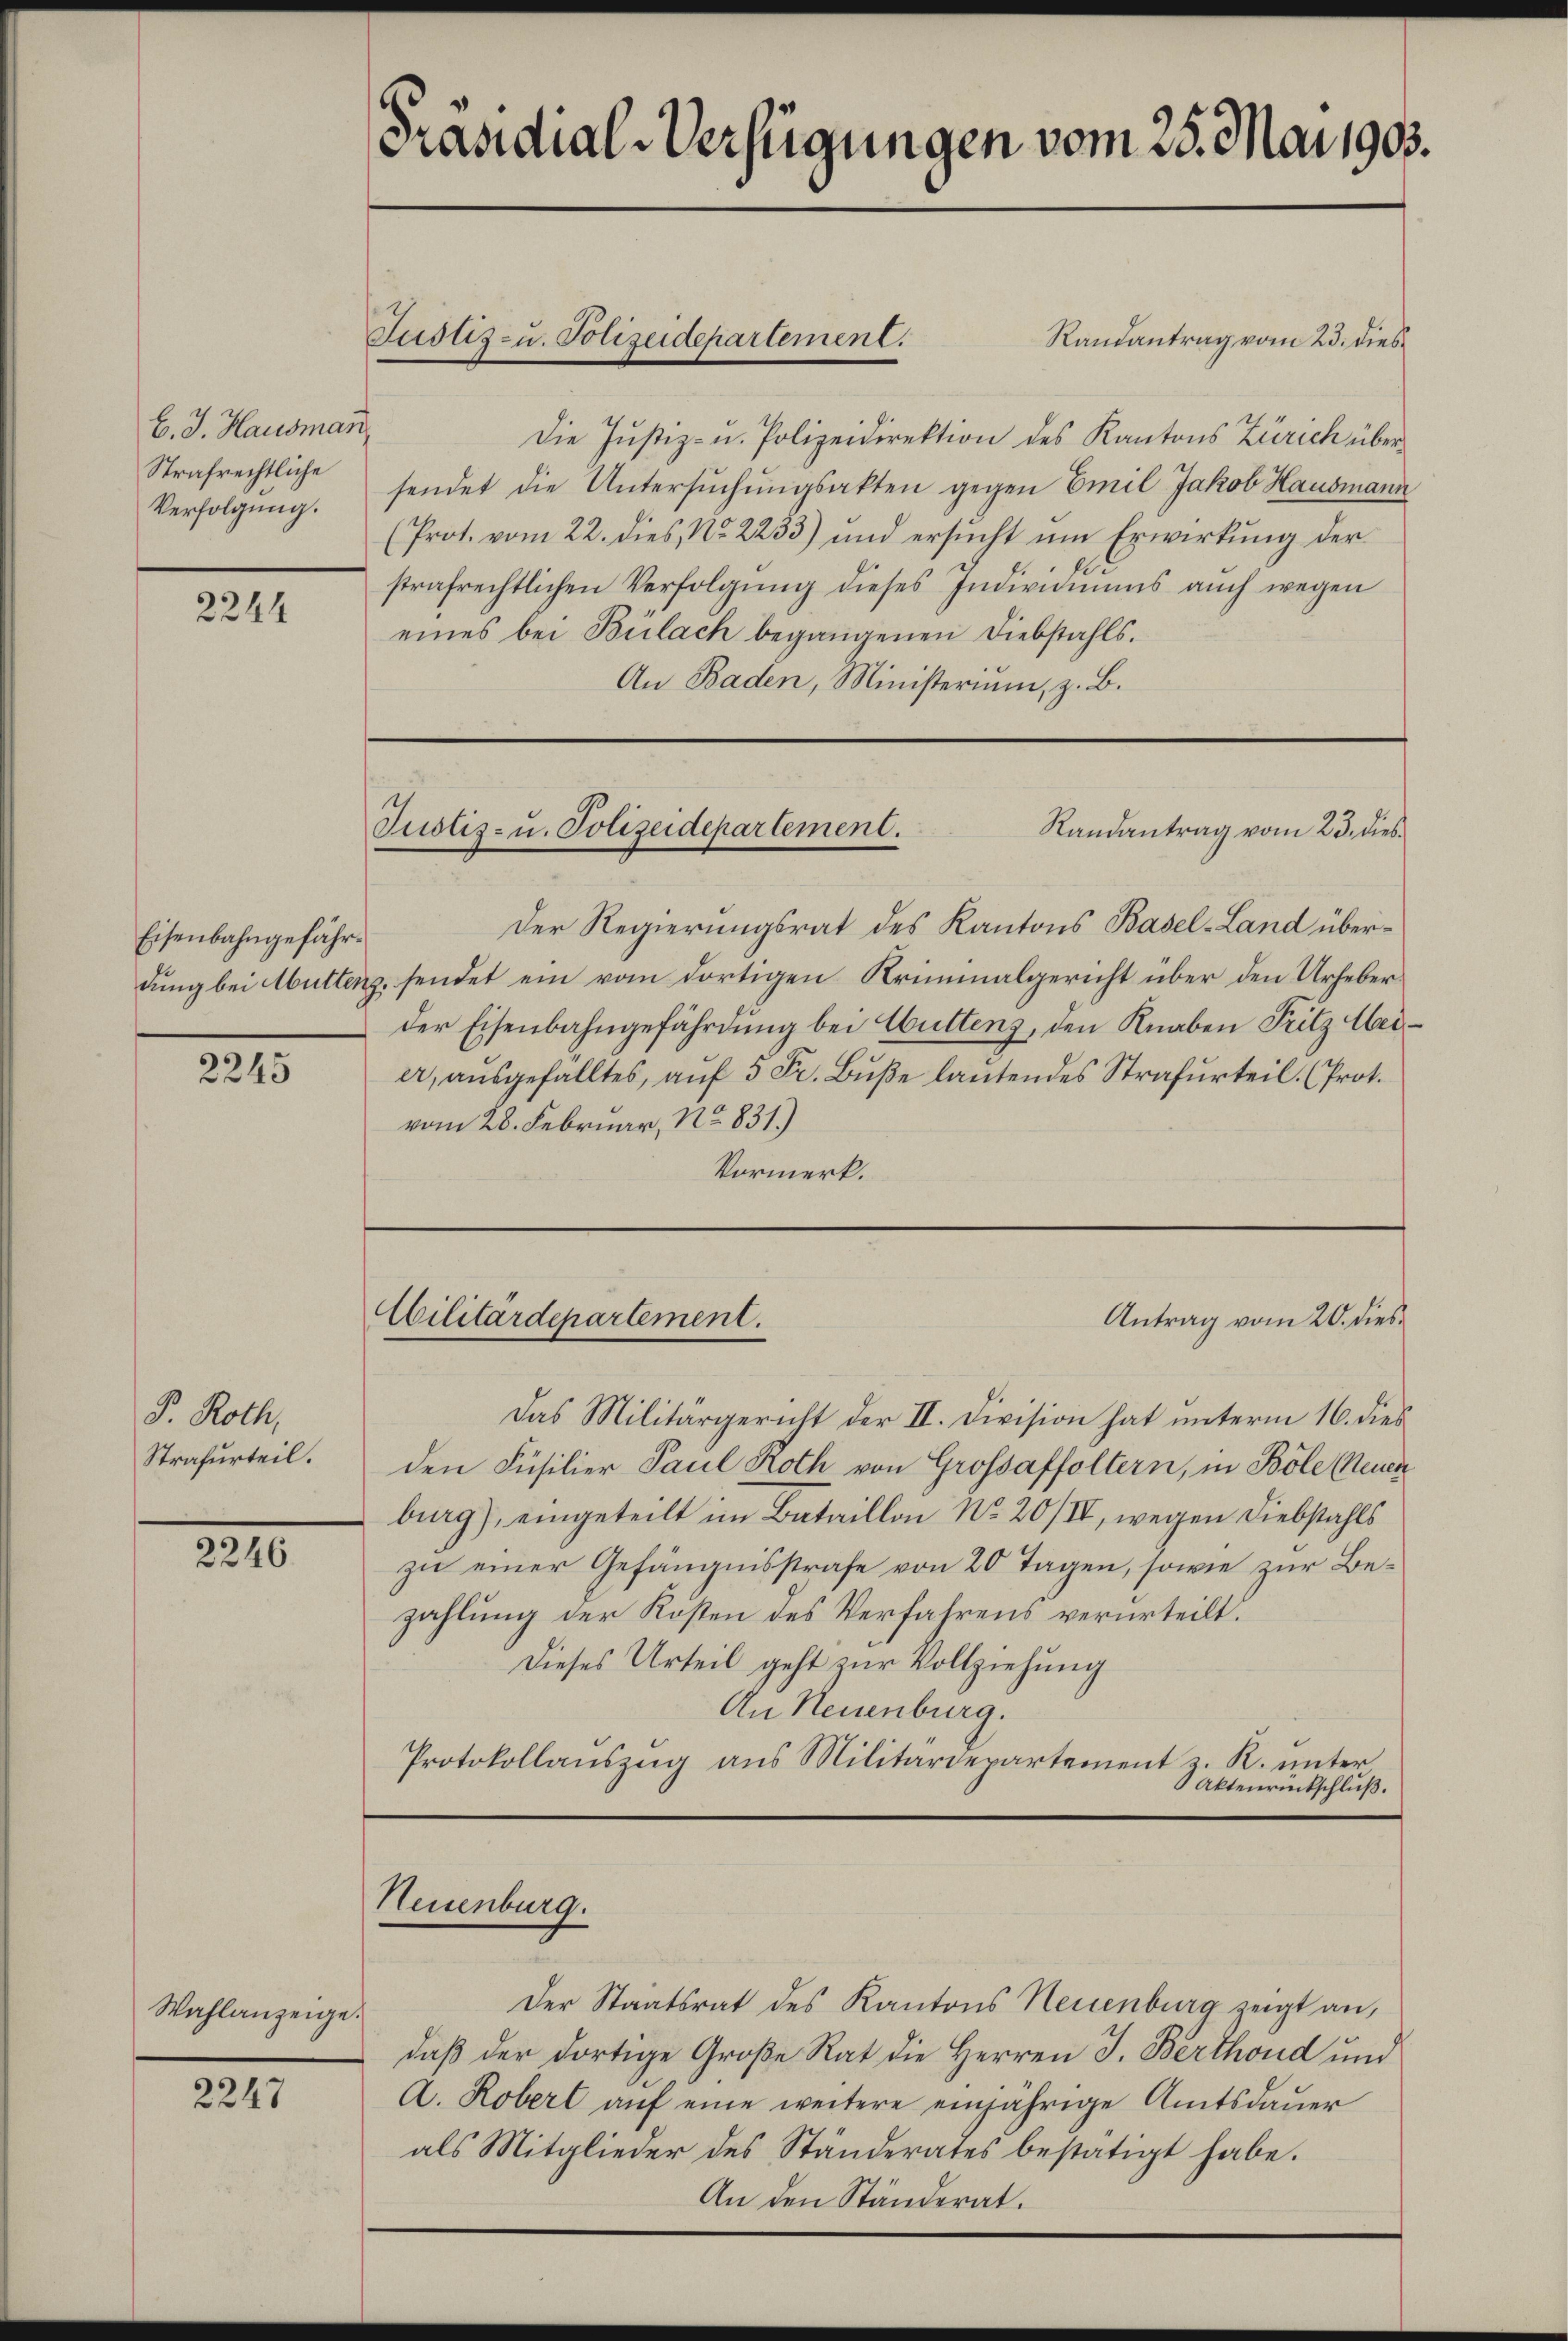
C. J. Hausman
Strafrechtliche
Verfolgung.

2244

Eisenbahngefähr¬

2245

P. Roth,
Strafurteil.

2246

Wahlanzeige.

2247

Präsidial-Verfügungen vom 25. Mai 1903.

Justiz- u. Polizeidepartement.

Randantrag vom 23. dies
Die Justiz- u. Polizeidirektion des Kantons Zürich übersendet die Untersŭchŭngsakten gegen Emil Jakob Hausmann
(Prot. vom 22. dies, No 2233) und ersŭcht ŭm Erwirkŭng der
strafrechtlichen Verfolgung dieses Individuums auch wegen
eines bei Bülach begangenen Diebstahls.
An Baden, Ministerium, z. B.

Randantrag vom 23. dies
Suslis- u. Polizeidepartement.

Der Regierungsrat des Kantons Basel-Land überdung bei Abuttenz, sendet ein vom dortigen Kriminalgericht über den Urheberder Eisenbahngefährdung bei Muttenz, den Knaben Fritz eier, ausgefalltes, auf 5 Fr. Bŭβe lautendes Strafurteil. (Prot.
vom 28. Februar, No 831.)
Vormerk.

Cilitärdepartement.

Neuenburg.

Das Militärgericht der II. Division hat unterm 16. dies
den Füsilier Paul Roth von Grossaffoltern, in Böle (Neuen
burg), eingeteilt im Bataillon No 20/IV, wegen Diebstahls
zu einer Gefängnisstrafe von 20 Tagen, sowie zur Bezahlung der Kosten des Verfahrens verurteilt.
Dieses Urteil geht zur Vollziehung
An Neuenburg.
Protokollauszug aus Militärdepartement z. R. unter
Aktenrückschluß.

Der Staatsrat des Kantons Neuenburg zeigt an,
daß der dortige Große Rat die Herren J. Berthoud und
A. Robert aŭf eine weitere einjährige Amtsdauer
als Mitglieder des Ständerates bestätigt habe.
An den Ständerat.

Antrag vom 20. dies